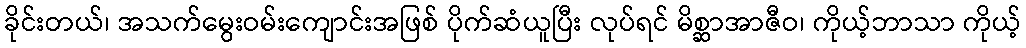
ခိုင်းတယ်၊ အသက်မွေးဝမ်းကျောင်းအဖြစ် ပိုက်ဆံယူပြီး လုပ်ရင် မိစ္ဆာအာဇီဝ၊ ကိုယ့်ဘာသာ ကိုယ့်